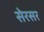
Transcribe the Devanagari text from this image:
सेरसर